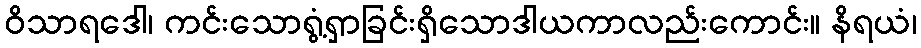
ဝိသာရဒေါ၊ ကင်းသောရွံ့ရှာခြင်းရှိသောဒါယကာလည်းကောင်း။ နိရယံ၊